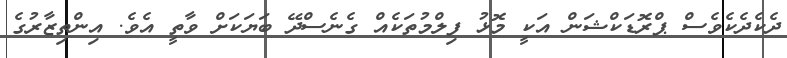
ދެކެދެކެވެސް ޕްރޮޑަކްޝަން އަކީ މޮޅު ފިލްމުތަކެއް ގެނެސްދޭ ބަޔަކަށް ވާތީ އެވެ. އިންތިޒާރުގެ